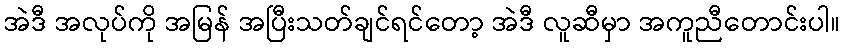
အဲဒီ အလုပ်ကို အမြန် အပြီးသတ်ချင်ရင်တော့ အဲဒီ လူဆီမှာ အကူညီတောင်းပါ။